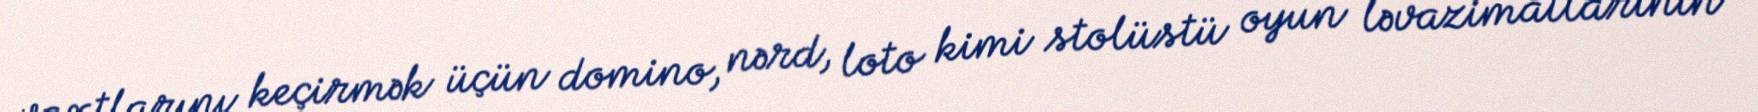
vaxtlarını keçirmək üçün domino, nərd, loto kimi stolüstü oyun ləvazimatlarının